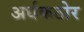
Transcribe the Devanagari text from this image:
अर्धकठोर